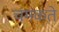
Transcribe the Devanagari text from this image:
चंमकते